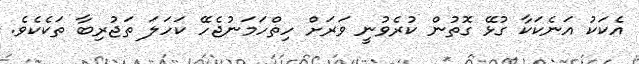
އެކަކު އަނެކަކާ ގުޅޭ ގޮތުން ކުރެވުނީ ވަރަށް ހިތްހަމަނުޖެހޭ ކަހަލަ ތަޖުރިބާ ތަކެކެވެ.